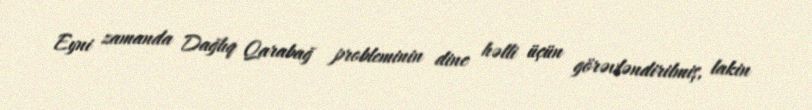
Eyni zamanda Dağlıq Qarabağ probleminin dinc həlli üçün görəvləndirilmiş, lakin